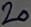
Text: 20